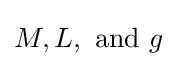
M,L,{\text{ and }}g